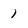
Character: 1